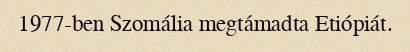
1977-ben Szomália megtámadta Etiópiát.